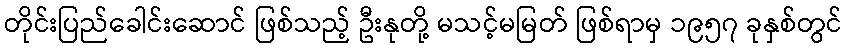
တိုင်းပြည်ခေါင်းဆောင် ဖြစ်သည့် ဦးနုတို့ မသင့်မမြတ် ဖြစ်ရာမှ ၁၉၅၇ ခုနှစ်တွင်